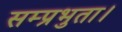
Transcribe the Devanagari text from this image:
सम्प्रभुता।